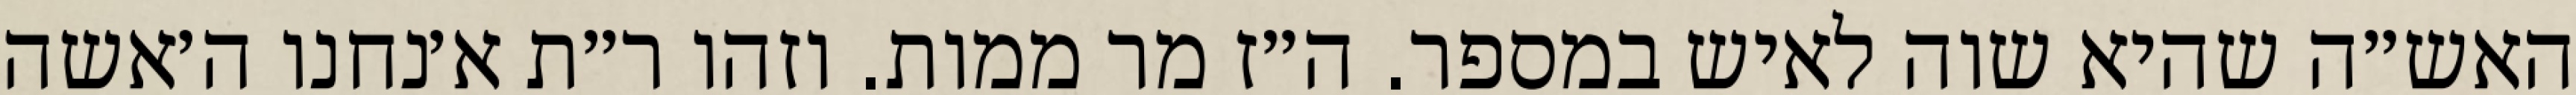
האש״ה שהיא שוה לאיש במספר. ה״ז מר ממות. וזהו ר״ת א׳נחנו ה׳אשה